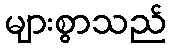
များစွာသည်